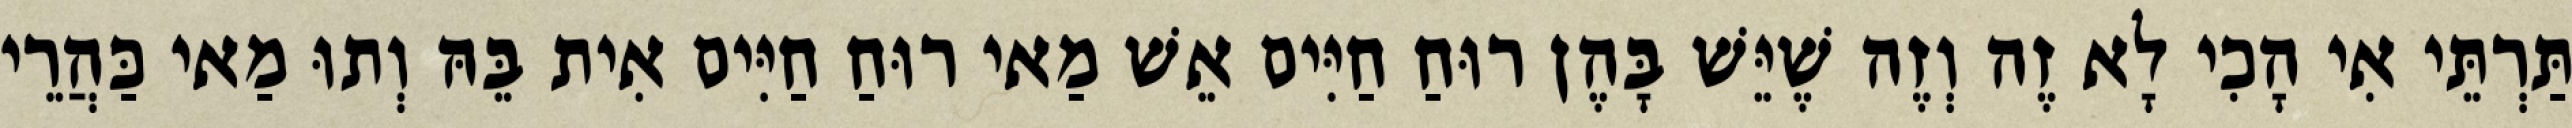
תַּרְתֵּי אִי הָכִי לָא זֶה וְזֶה שֶׁיֵּשׁ בָּהֶן רוּחַ חַיִּים אֵשׁ מַאי רוּחַ חַיִּים אִית בֵּהּ וְתוּ מַאי כַּהֲרֵי